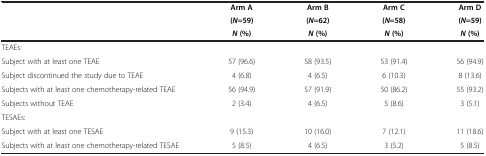
<table><thead><tr><td rowspan="2"><b> </b></td><td><b>Arm A</b></td><td><b>Arm B</b></td><td><b>Arm C</b></td><td><b>Arm D</b></td></tr><tr><td><b>(<i>N</i>=59)</b></td><td><b>(<i>N</i>=62)</b></td><td><b>(<i>N</i>=58)</b></td><td><b>(<i>N</i>=59)</b></td></tr><tr><td><b> </b></td><td><b> </b></td><td><b><i>N</i>(%)</b></td><td><b><i>N</i>(%)</b></td><td><b><i>N</i>(%)</b></td><td><b><i>N</i>(%)</b></td></tr></thead><tbody><tr><td>TEAEs:</td><td> </td><td> </td><td> </td><td> </td></tr><tr><td>Subject with at least one TEAE</td><td>57 (96.6)</td><td>58 (93.5)</td><td>53 (91.4)</td><td>56 (94.9)</td></tr><tr><td>Subject discontinued the study due to TEAE</td><td>4 (6.8)</td><td>4 (6.5)</td><td>6 (10.3)</td><td>8 (13.6)</td></tr><tr><td>Subjects with at least one chemotherapy-related TEAE</td><td>56 (94.9)</td><td>57 (91.9)</td><td>50 (86.2)</td><td>55 (93.2)</td></tr><tr><td>Subjects without TEAE</td><td>2 (3.4)</td><td>4 (6.5)</td><td>5 (8.6)</td><td>3 (5.1)</td></tr><tr><td>TESAEs:</td><td> </td><td> </td><td> </td><td> </td></tr><tr><td>Subject with at least one TESAE</td><td>9 (15.3)</td><td>10 (16.0)</td><td>7 (12.1)</td><td>11 (18.6)</td></tr><tr><td>Subjects with at least one chemotherapy-related TESAE</td><td>5 (8.5)</td><td>4 (6.5)</td><td>3 (5.2)</td><td>5 (8.5)</td></tr></tbody></table>